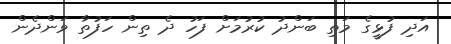
އަދި ފުޅީގެ މަތި ބަންދު ކުރުމަށް ފަހު ދެ ތިން ހަފުތާ ވަންދެން